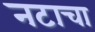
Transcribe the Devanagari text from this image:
नटाचा